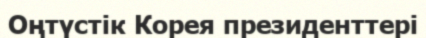
Оңтүстiк Корея президенттерi